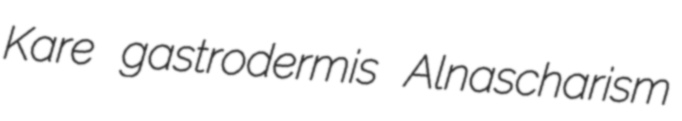
Kare gastrodermis Alnascharism